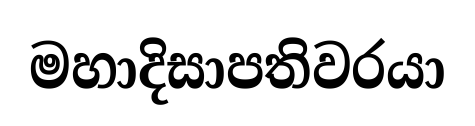
මහාදිසාපතිවරයා